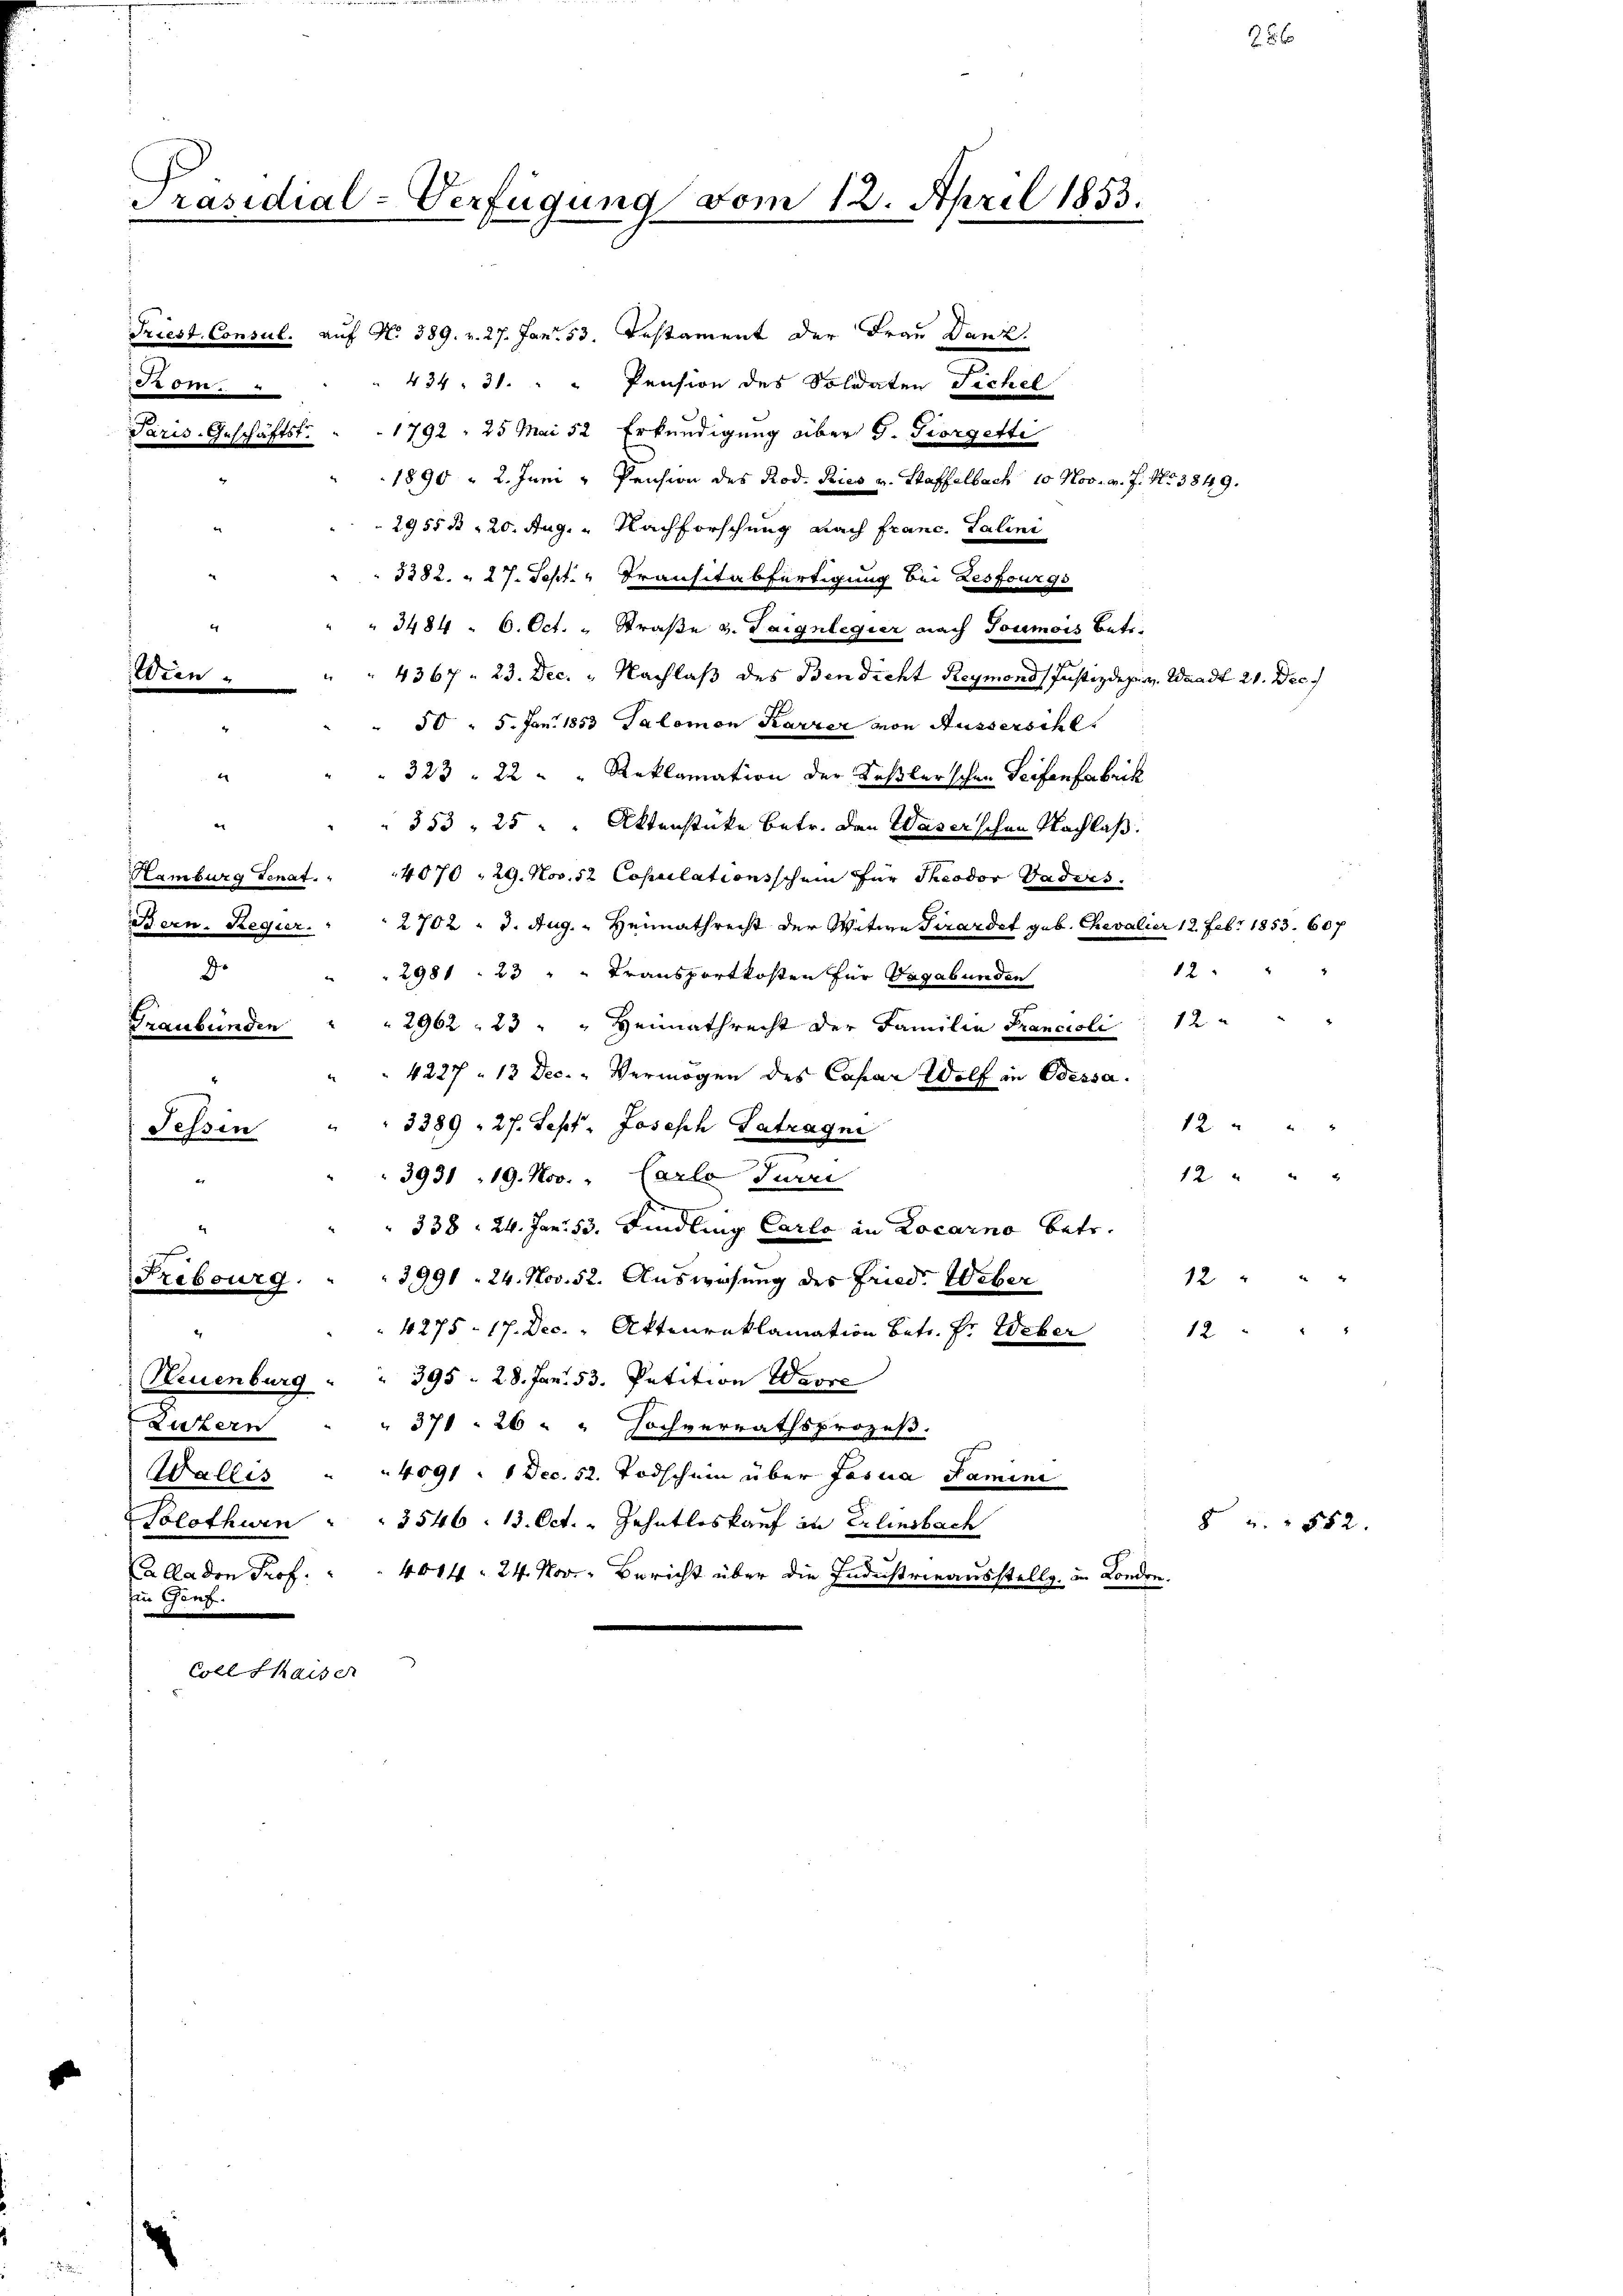
Präsidial-Verfügung vom 12. April 1853.

.

er

Hamburg
Bern. Regier
d.
Graubünden
Tessin

.

d

Zibourg

.
Luzern
Walles
Calladen Prof.
Ein Genf.

Coll haiser

sul. auf No 389. v. 27. Janr. 53. Pestament der Frau Dank.
434, 31. " " Pension des Soldaten Fichel
chäfts . . 1792, 25 Mai 52 Erkundigung über G. Giorgetti
1890 - 2. Juni u Pension des Prod. Pries v. Staffelbach 10 Nov. v. J. No 3849.
2955 ß 20. Aug. Nachforschung nach franc. Talini
5382. " 27. Sept. Transitabfertigung bei Zesfourgs
" 3484. 6. Oct. " Straße v. Taignlegier nach Toumois Betr.
4367. 23. Dec. " Nachlaß des Bendicht Reymond (Justizdep. v. Waadt 21. Dec.
50 - 5. Jan. 1853 Salomon Karrer von Ausserschl
 323 " 22 " " Reklamation der Keßlerschen Seifenfabrik
" 853, 25 " " Aktenstücke betr. den Waserschen Nachlaß
Senat. " "4070 29. Nov. 52 Copulationsschein für Theodor Vadies
2702 " 3. Aug. - Heimathrecht der Witwe Pirardet geb. Chevalier 12 Febr 1853. 607
2981. 23 " " Transportkosten für Vagabunden
2962. 23 " " Heimathrecht der Familie Francisli                  12
4227 – 13 Dec. " Vermögen des Capar Wolf in Odessa.
12 " " "
3389, 27. Sept. Joseph Getragen
12. " " 2
3931 , 19. Nov. " Carlo Juri
n
338: 24. Jan. 53. Findling Carlo in Locarno betr.
12
3991. 24. Nov. 52. Auswesung des Fried. Weber
4275 - 17. Dec. Aktenreklamation betr. Fr. Weber
12
Neuenburg " " 395. 28. Jan. 53. Petition Wavre
" 371. 26 " " Hochverrathsprozeß.
4091 : 1 Dec. 52. Todschein über Josua Tamine
Solothurn . . 3546. 13. Oct. - Zehntloskauf in Erlinsbach
4014. 24. Nov. Bericht über die Industrieausstellg. in London.

12

25

8 " " 852.